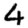
Digit: 4